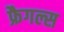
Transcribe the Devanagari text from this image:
फ्रैगल्स